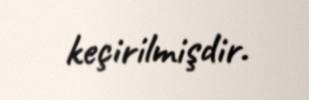
keçirilmişdir.